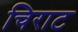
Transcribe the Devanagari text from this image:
चिराट